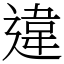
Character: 違